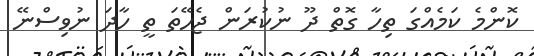
ކޮންމެ ކަމެއްގަ ތިހާ ގޮތް ދޫ ނުކުރަން ޖެހޭތަ ތީ ހާދަ ނުވިސްނޭ